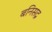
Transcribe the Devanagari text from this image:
बनिसद्र